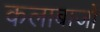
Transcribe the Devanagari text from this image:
कलाबाजों